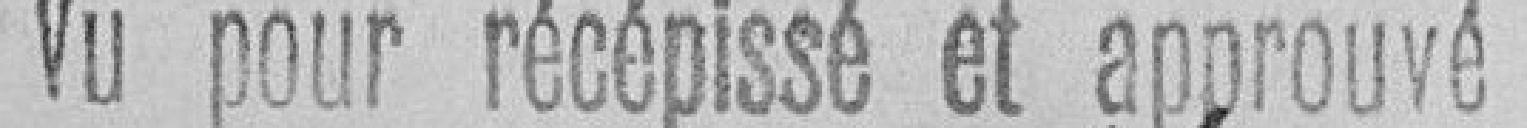
Vu pour récépissé et approuvé